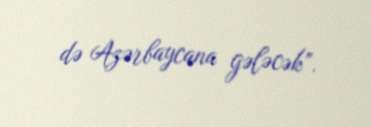
də Azərbaycana gələcək”.